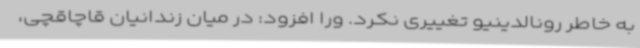
به خاطر رونالدینیو تغییری نکرد. ورا افزود: در میان زندانیان قاچاقچی،